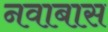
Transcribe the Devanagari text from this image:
नवाबास